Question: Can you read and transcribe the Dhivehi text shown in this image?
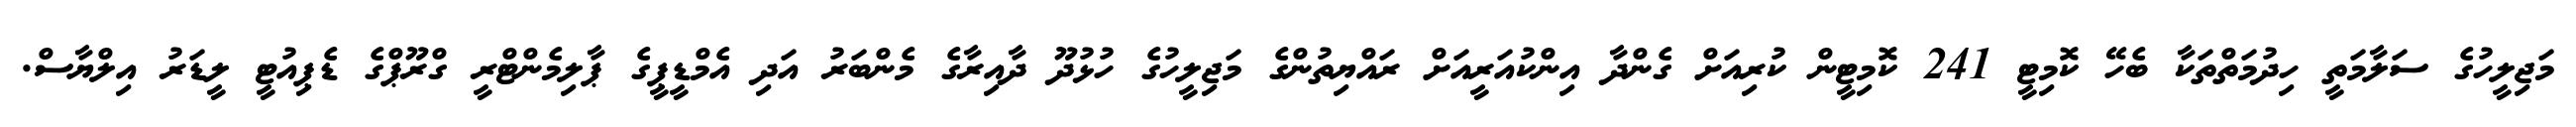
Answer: މަޖިލީހުގެ ސަލާމަތީ ހިދުމަތްތަކާ ބެހޭ ކޮމިޓީ 241 ކޮމިޓީން ކުރިއަށް ގެންދާ އިންކުއަރީއަށް ރައްޔިތުންގެ މަޖިލީހުގެ ހުޅުދޫ ދާއިރާގެ މެންބަރު އަދި އެމްޑީޕީގެ ޕާލިމެންޓްރީ ގްރޫޕްގެ ޑެޕިއުޓީ ލީޑަރު އިލްޔާސް.